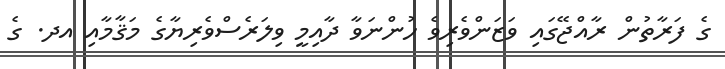
ގެ ފަރާތުން ރާއްޖޭގައި ވަޒަންވެރިވެ ހުންނަވާ ދާއިމީ ވިލަރެސްވެރިޔާގެ މަޤާމާއި އދ. ގެ